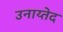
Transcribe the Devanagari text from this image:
उनाय्तेद